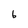
Character: 6